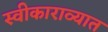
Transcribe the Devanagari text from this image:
स्वीकाराव्यात